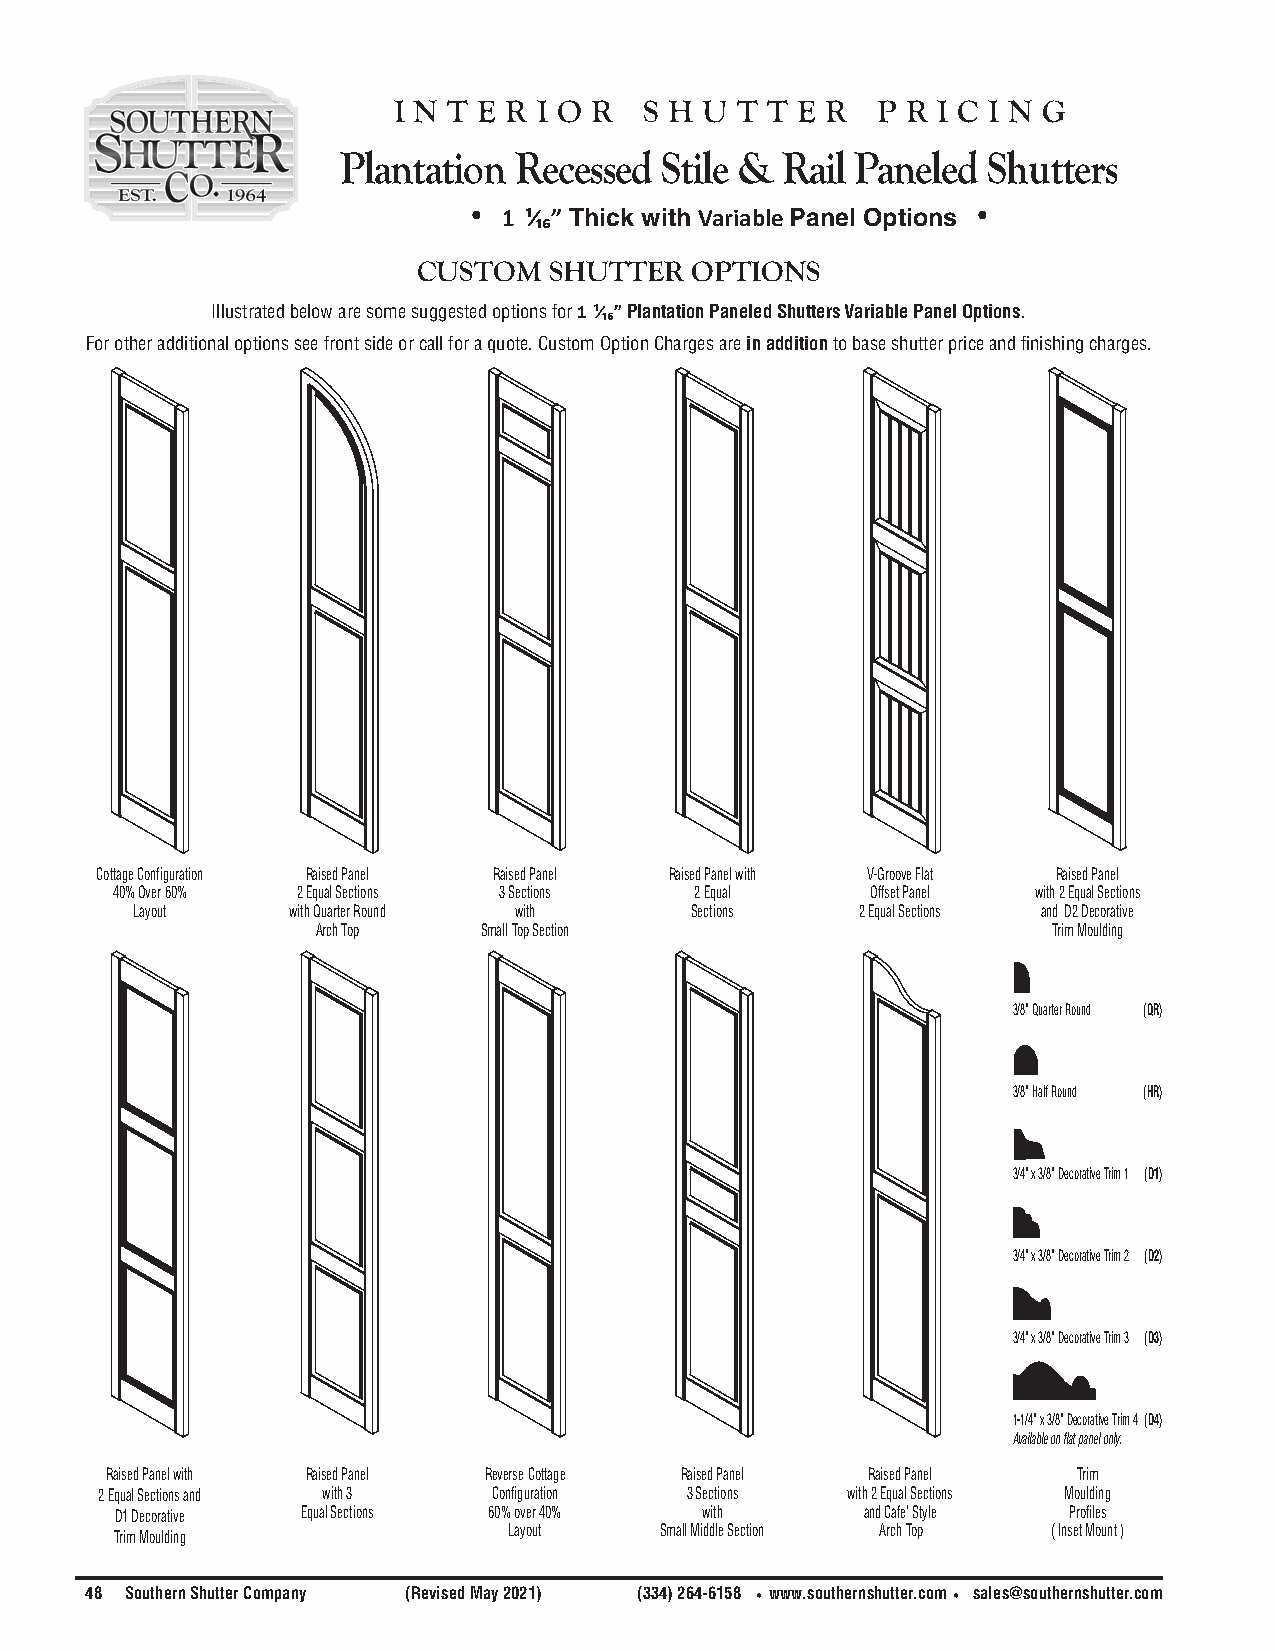
i n t e r i o r  s h u t t e r  p r i c i n g
 Plantation Recessed  Stile & Rail Paneled Shutters
 • 1 ¹⁄₁₆” Thick with Variable Panel Options •
 CUSTOM  SHUTTER   OPTIONS
 Illustrated below are some suggested options for 1 ¹⁄₁₆” Plantation Paneled Shutters Variable Panel Options.
 For other additional options see front side or call for a quote. Custom Option Charges are in addition to base shutter price and finishing charges.
 Cottage Configuration Raised Panel Raised Panel Raised Panel with V-Groove Flat Raised Panel
 40% Over 60% 2 Equal Sections 3 Sections 2 Equal   Offset Panel with 2 Equal Sections
 Layout    with Quarter Round with    Sections   2 Equal Sections and D2 Decorative
 Arch Top   Small Top Section                     Trim Moulding
 3/8” Quarter Round (QR)
 3/8” Half Round (HR)
 3/4” x 3/8” Decorative Trim 1 (D1)
 3/4” x 3/8” Decorative Trim 2 (D2)
 3/4” x 3/8” Decorative Trim 3 (D3)
 1-1/4” x 3/8” Decorative Trim 4 (D4)
 Available on flat panel only.
 Raised Panel with Raised Panel Reverse Cottage Raised Panel Raised Panel Trim
 2 Equal Sections and with 3 Configuration 3 Sections with 2 Equal Sections Moulding
 D1 Decorative Equal Sections 60% over 40% with   and Cafe’ Style Profiles
 Trim Moulding             Layout    Small Middle Section Arch Top ( Inset Mount )
 48 Southern Shutter Company (Revised May 2021) (334) 264-6158 •www.southernshutter.com• sales@southernshutter.com